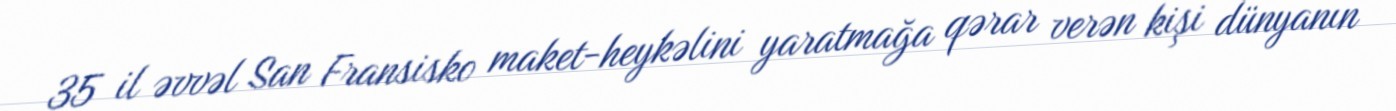
35 il əvvəl San Fransisko maket-heykəlini yaratmağa qərar verən kişi dünyanın